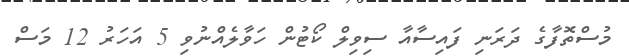
މުސްތޮފާގެ ދަރަނި ފައިސާއާ ސިވިލް ކޯޓުން ހަވާލެއްނުވި 5 އަހަރު 12 މަސް